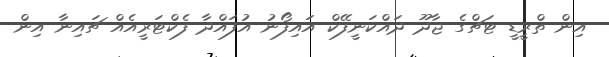
އިން ތްރީޑީ ޓަޗްގެ ޖާދޫ ދައްކަނީފޭކް އައިފޯނު އުފައްދާ ފެކްޓަރީއެއް ޗައިނާ އިން